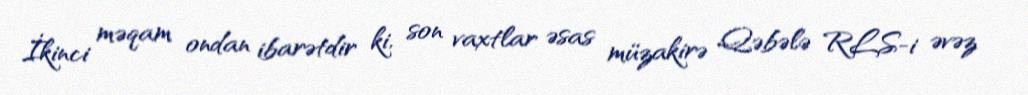
İkinci məqam ondan ibarətdir ki, son vaxtlar əsas müzakirə Qəbələ RLS-i əvəz